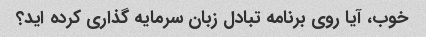
خوب، آیا روی برنامه تبادل زبان سرمایه گذاری کرده اید؟